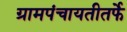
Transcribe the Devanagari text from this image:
ग्रामपंचायतीतर्फे